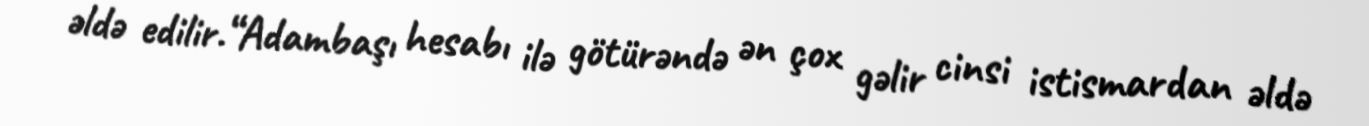
əldə edilir.“Adambaşı hesabı ilə götürəndə ən çox gəlir cinsi istismardan əldə